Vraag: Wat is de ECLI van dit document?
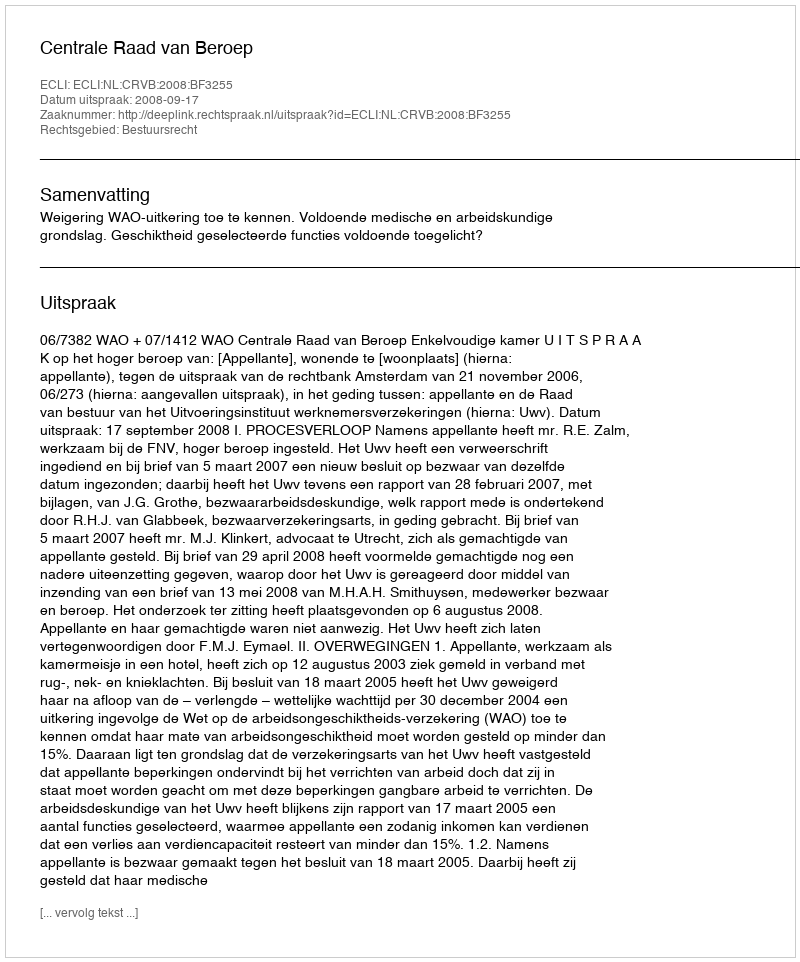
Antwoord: ECLI:NL:CRVB:2008:BF3255